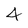
Character: 4